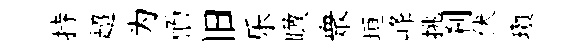
持超为愐旧乐瞰衆垣峰挑刹伏瓚